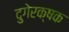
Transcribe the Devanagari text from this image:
दुगेरक्षक